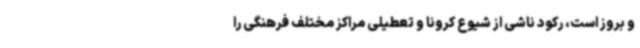
و بروز است، رکود ناشی از شیوع کرونا و تعطیلی مراکز مختلف فرهنگی را